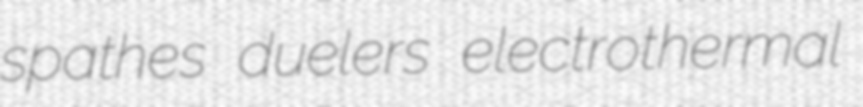
spathes duelers electrothermal